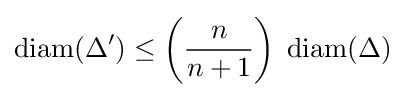
\operatorname {diam} (\Delta ')\leq \left({\frac {n}{n+1}}\right)\;\operatorname {diam} (\Delta )